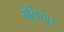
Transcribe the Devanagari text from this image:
मनिथन